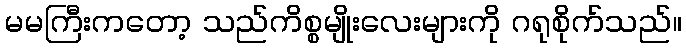
မမကြီးကတော့ သည်ကိစ္စမျိုးလေးများကို ဂရုစိုက်သည်။